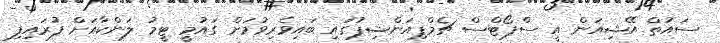
ސައުތް އޭޝިއަން އީ ސްޕޯޓްސް ޗެމްޕިއަންޝިޕުގައި ބައިވެރިވުމަށް ގައުމީ ޓީމު ލަންކާއަށް ފުރައިފި